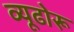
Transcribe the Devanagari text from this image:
व्यूढोरू